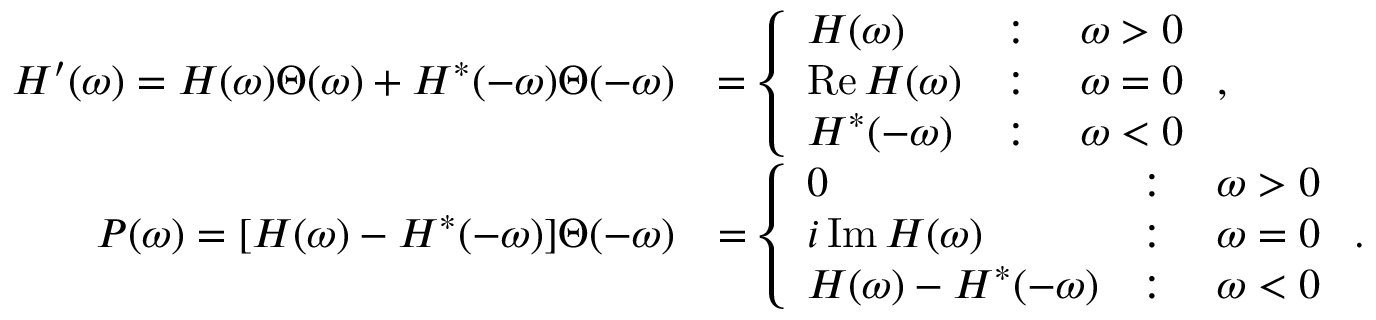
\begin{array} { r l } { H ^ { \prime } ( \omega ) = H ( \omega ) \Theta ( \omega ) + H ^ { * } ( - \omega ) \Theta ( - \omega ) } & { = \left\{ \begin{array} { l l } { H ( \omega ) } & { : \quad \omega > 0 } \\ { \operatorname { R e } H ( \omega ) } & { : \quad \omega = 0 } \\ { H ^ { * } ( - \omega ) } & { : \quad \omega < 0 } \end{array} \right. , } \\ { P ( \omega ) = [ H ( \omega ) - H ^ { * } ( - \omega ) ] \Theta ( - \omega ) } & { = \left\{ \begin{array} { l l } { 0 } & { : \quad \omega > 0 } \\ { i \operatorname { I m } H ( \omega ) } & { : \quad \omega = 0 } \\ { H ( \omega ) - H ^ { * } ( - \omega ) } & { : \quad \omega < 0 } \end{array} \right. . } \end{array}